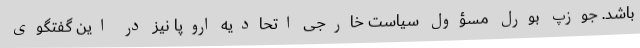
باشد. جوزپ بورل مسؤول سیاست خارجی اتحادیه اروپا نیز در این گفتگوی